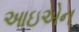
આઇએન